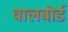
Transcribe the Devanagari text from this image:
वालबोर्ड